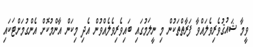
ވީމާ ޝައުޤުވެރިވެލައްވާ ފަރާތްތަކުން މި ނީލަމުގައި ބައިވެރިވެލެއްވުން އެދި މިކަން އާންމުކޮށް އެންގުމަށްޓަކައި